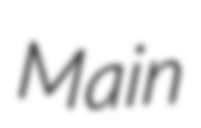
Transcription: Main